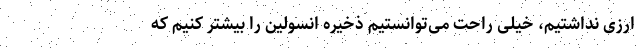
ارزی نداشتیم، خیلی راحت می‌توانستیم ذخیره انسولین را بیشتر کنیم که